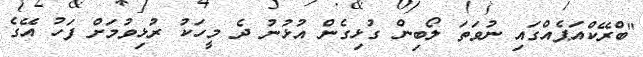
"ބްރޭކްއަޕެއްގައި ނުވަތަ ލޯބިން ގުޅިގެން އުޅުނު ދެ މީހަކު ރުޅިވުމަށް ފަހު އޭގެ